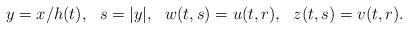
LaTeX: \begin{align*}y=x/h(t),\ \ s=|y|, \ \ w(t,s)=u(t,r),\ \ z(t,s)=v(t,r).\end{align*}